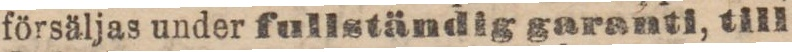
försäljas under fullständig garanti, till